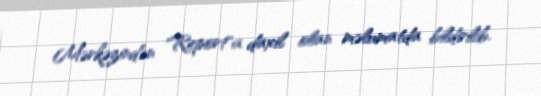
Mərkəzindən "Report"a daxil olan məlumatda bildirilib.